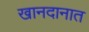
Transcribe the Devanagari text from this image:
खानदानात